Rangoon Lunatic Asylum 1878-1892 - 1878-1892
Year: 1878
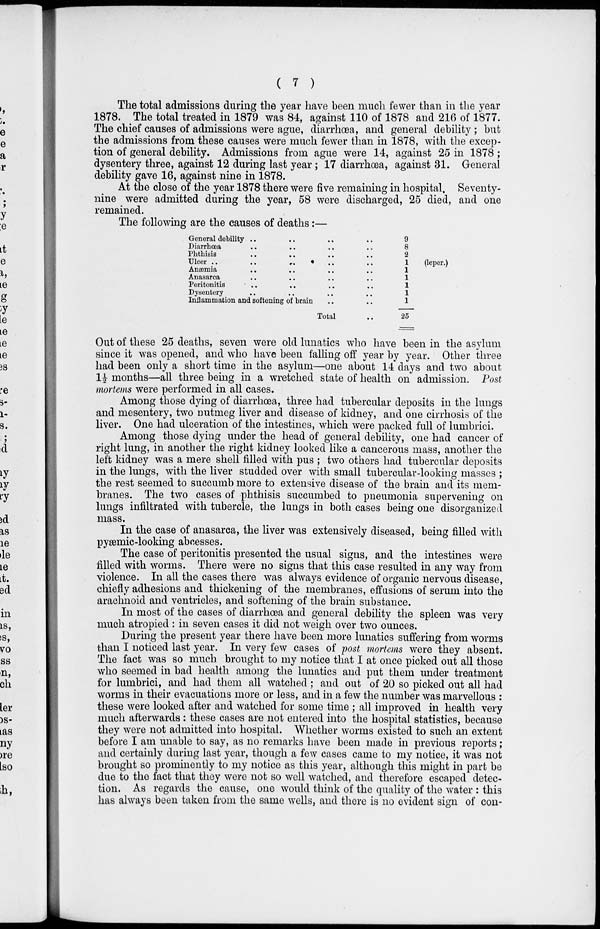
( 7 )
The total admissions during the year have been much fewer than in the year
1878. The total treated in 1879 was 84, against 110 of 1878 and 216 of 1877.
The chief causes of admissions were ague, diarrhœa, and general debility ; but
the admissions from these causes were much fewer than in 1878, with the excep-
tion of general debility. Admissions from ague were 14, against 25 in 1878;
dysentery three, against 12 during last year; 17 diarrhœa, against 31. General
debility gave 16, against nine in 1878.
At the close of the year 1878 there were five remaining in hospital. Seventy-
nine were admitted during the year, 58 were discharged, 25 died, and one
remained.
The following are the causes of deaths:—
General debility .. .. .. ..
Diarrhœa .. .. .. ..
Phthisis .. .. .. ..
Ulcer
..
..
..
..
..
Anæmia .. .. .. ..
Anasarca .. .. .. ..
Peritonitis .. .. .. ..
Dysentery .. .. .. ..
Inflammation and softening of brain .. ..
Total ..
9
8
2
1
1
1
1
1
1
25
(leper.)
Out of these 25 deaths, seven were old lunatics who have been in the asylum
since it was opened, and who have been falling off year by year. Other three
had been only a short time in the asylum—one about 14 days and two about
1½ months—all three being in a wretched state of health on admission. Post
mortems were performed in all cases.
Among those dying of diarrhœa, three had tubercular deposits in the lungs
and mesentery, two nutmeg liver and disease of kidney, and one cirrhosis of the
liver. One had ulceration of the intestines, which were packed full of lumbrici.
Among those dying under the head of general debility, one had cancer of
right lung, in another the right kidney looked like a cancerous mass, another the
left kidney was a mere shell filled with pus ; two others had tubercular deposits
in the lungs, with the liver studded over with small tubercular-looking masses ;
the rest seemed to succumb more to extensive disease of the brain and its mem-
branes. The two cases of phthisis succumbed to pneumonia supervening on
lungs infiltrated with tubercle, the lungs in both cases being one disorganized
mass.
In the case of anasarca, the liver was extensively diseased, being filled with
pyæmic-looking abcesses.
The case of peritonitis presented the usual signs, and the intestines were
filled with worms. There were no signs that this case resulted in any way from
violence. In all the cases there was always evidence of organic nervous disease,
chiefly adhesions and thickening of the membranes, effusions of serum into the
arachnoid and ventricles, and softening of the brain substance.
In most of the cases of diarrhœa and general debility the spleen was very
much atropied : in seven cases it did not weigh over two ounces.
During the present year there have been more lunatics suffering from worms
than I noticed last year. In very few cases of post mortems were they absent.
The fact was so much brought to my notice that I at once picked out all those
who seemed in bad health among the lunatics and put them under treatment
for lumbrici, and had them all watched; and out of 20 so picked out all had
worms in their evacuations more or less, and in a few the number was marvellous :
these were looked after and watched for some time ; all improved in health very
much afterwards: these cases are not entered into the hospital statistics, because
they were not admitted into hospital. Whether worms existed to such an extent
before I am unable to say, as no remarks have been made in previous reports ;
and certainly during last year, though a few cases came to my notice, it was not
brought so prominently to my notice as this year, although this might in part be
due to the fact that they were not so well watched, and therefore escaped detec-
tion. As regards the cause, one would think of the quality of the water : this
has always been taken from the same wells, and there is no evident sign of con-